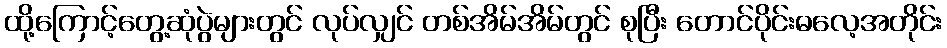
ထို့ကြောင့်တွေ့ဆုံပွဲများတွင် လုပ်လျှင် တစ်အိမ်အိမ်တွင် စုပြီး တောင်ပိုင်းဓလေ့အတိုင်း